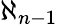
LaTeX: \aleph_{n-1}